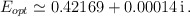
\begin{align*}E_{opt}\simeq 0.42169+0.00014\,{\rm i}\,.\end{align*}